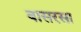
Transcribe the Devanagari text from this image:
वासरसा